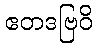
ဧတဒဗြဝိ